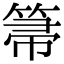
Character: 箒